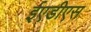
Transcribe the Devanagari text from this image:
ईएडीएस